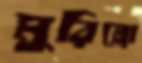
মুরিল্লো